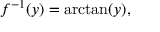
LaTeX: f ^ { - 1 } ( y ) = \arctan ( y ) ,